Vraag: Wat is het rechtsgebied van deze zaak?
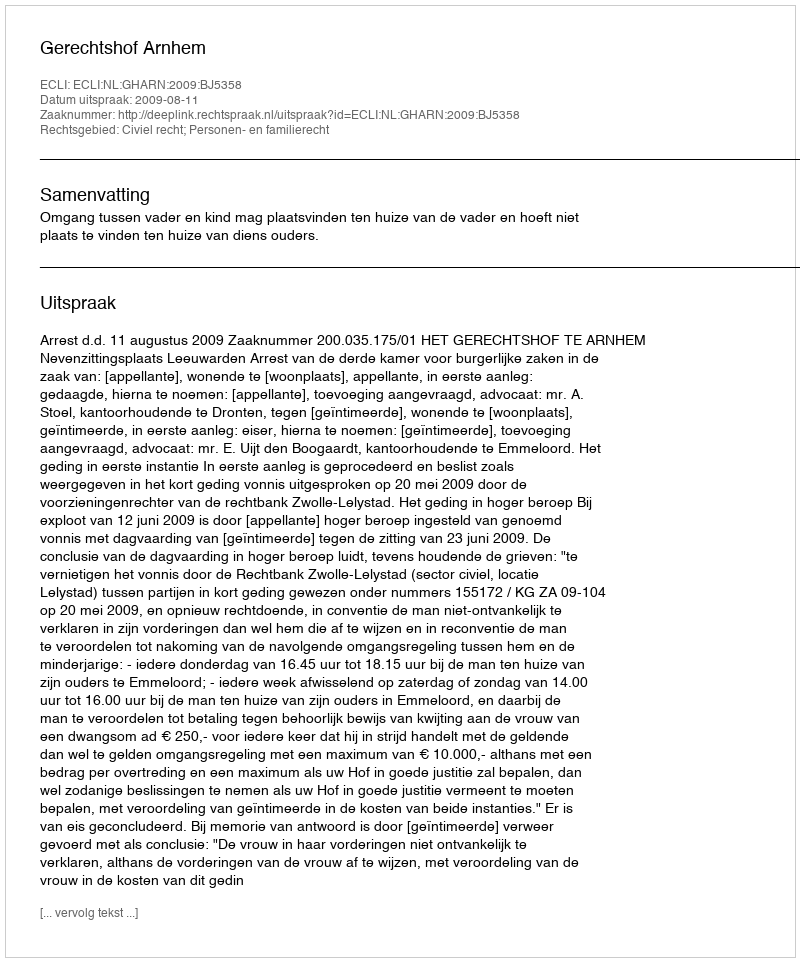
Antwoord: Civiel recht; Personen- en familierecht